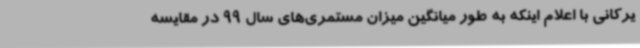
یرکانی با اعلام اینکه به طور میانگین میزان مستمری‌های سال 99 در مقایسه